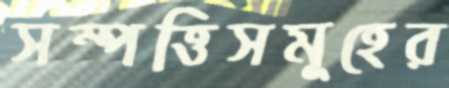
সম্পত্তিসমূহের